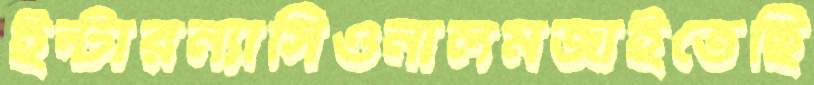
ইন্টারন্যাসিওনালমজাইতেছি